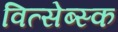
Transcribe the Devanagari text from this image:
वित्सेब्स्क